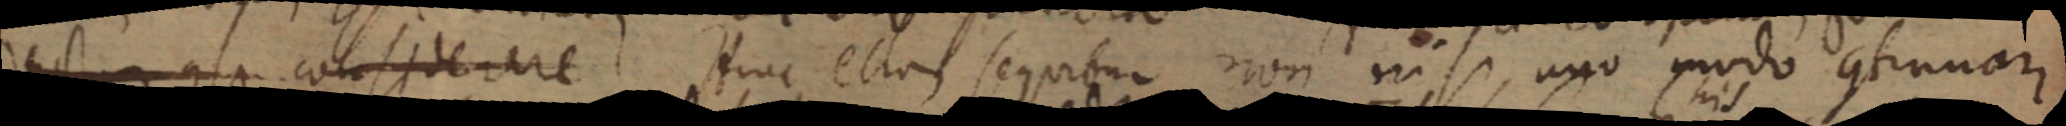
rect considerare. Hinc etiam sequitur non nisi, uno modo continuari